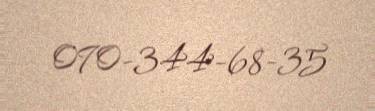
070-344-68-35